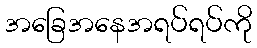
အခြေအနေအရပ်ရပ်ကို